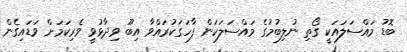
ބޮޑު މައްސަލައަކީ ގޯތި ނުލިބުމުގެ މައްސަލަކަން ފާހަގަކުރައްވާ އިބޫ ވިދާޅުވީ ވެރިކަމަށް ވަޑައިގެން